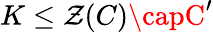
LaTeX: K\leq\mathcal{Z}(C)\capC^{\prime}